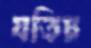
যতিচ